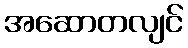
အဆောတလျင်